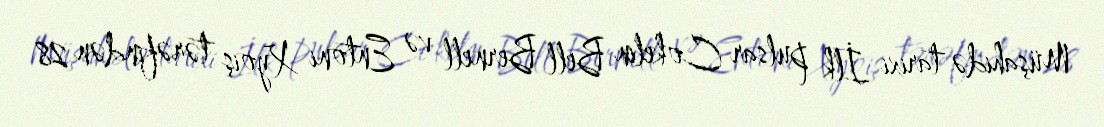
Müşahidə tarixi İlk pulsar Cokelin Bell Bernell və Entoni Xyoiş tərəfindən 28